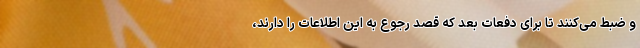
و ضبط می‌کنند تا برای دفعات بعد که قصد رجوع به این اطلاعات را دارند،